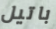
باتيل